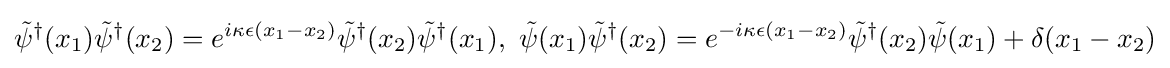
{\tilde {\psi }}^{\dagger }(x_{1}){\tilde {\psi }}^{\dagger }(x_{2})=e^{i\kappa \epsilon (x_{1}-x_{2})}{\tilde {\psi }}^{\dagger }(x_{2}){\tilde {\psi }}^{\dagger }(x_{1}),\ {\tilde {\psi }}(x_{1}){\tilde {\psi }}^{\dagger }(x_{2})=e^{-i\kappa \epsilon (x_{1}-x_{2})}{\tilde {\psi }}^{\dagger }(x_{2}){\tilde {\psi }}(x_{1})+\delta (x_{1}-x_{2})